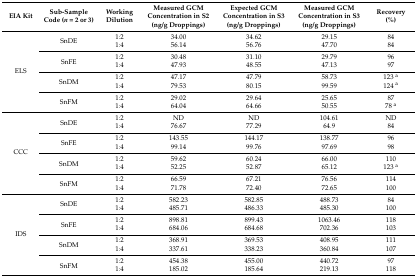
<table><thead><tr><td><b>EIA Kit</b></td><td><b>Sub-Sample Code (<i>n</i> = 2 or 3)</b></td><td><b>Working Dilution</b></td><td><b>Measured GCM Concentration in S2 (ng/g Droppings)</b></td><td><b>Expected GCM Concentration in S3 (ng/g Droppings)</b></td><td><b>Measured GCM Concentration in S3 (ng/g Droppings)</b></td><td><b>Recovery (%)</b></td></tr></thead><tbody><tr><td rowspan="8">ELS</td><td rowspan="2">SnDE</td><td>1:2</td><td>34.00</td><td>34.62</td><td>29.15</td><td>84</td></tr><tr><td>1:4</td><td>56.14</td><td>56.76</td><td>47.70</td><td>84</td></tr><tr><td rowspan="2">SnFE</td><td>1:2</td><td>30.48</td><td>31.10</td><td>29.79</td><td>96</td></tr><tr><td>1:4</td><td>47.93</td><td>48.55</td><td>47.13</td><td>97</td></tr><tr><td rowspan="2">SnDM</td><td>1:2</td><td>47.17</td><td>47.79</td><td>58.73</td><td>123 <sup>a</sup></td></tr><tr><td>1:4</td><td>79.53</td><td>80.15</td><td>99.59</td><td>124 <sup>a</sup></td></tr><tr><td rowspan="2">SnFM</td><td>1:2</td><td>29.02</td><td>29.64</td><td>25.65</td><td>87</td></tr><tr><td>1:4</td><td>64.04</td><td>64.66</td><td>50.55</td><td>78 <sup>a</sup></td></tr><tr><td rowspan="8">CCC</td><td rowspan="2">SnDE</td><td>1:2</td><td>ND</td><td>ND</td><td>104.61</td><td>ND</td></tr><tr><td>1:4</td><td>76.67</td><td>77.29</td><td>64.9</td><td>84</td></tr><tr><td rowspan="2">SnFE</td><td>1:2</td><td>143.55</td><td>144.17</td><td>138.77</td><td>96</td></tr><tr><td>1:4</td><td>99.14</td><td>99.76</td><td>97.69</td><td>98</td></tr><tr><td rowspan="2">SnDM</td><td>1:2</td><td>59.62</td><td>60.24</td><td>66.00</td><td>110</td></tr><tr><td>1:4</td><td>52.25</td><td>52.87</td><td>65.12</td><td>123 <sup>a</sup></td></tr><tr><td rowspan="2">SnFM</td><td>1:2</td><td>66.59</td><td>67.21</td><td>76.56</td><td>114</td></tr><tr><td>1:4</td><td>71.78</td><td>72.40</td><td>72.65</td><td>100</td></tr><tr><td rowspan="8">IDS</td><td rowspan="2">SnDE</td><td>1:2</td><td>582.23</td><td>582.85</td><td>488.73</td><td>84</td></tr><tr><td>1:4</td><td>485.71</td><td>486.33</td><td>485.30</td><td>100</td></tr><tr><td rowspan="2">SnFE</td><td>1:2</td><td>898.81</td><td>899.43</td><td>1063.46</td><td>118</td></tr><tr><td>1:4</td><td>684.06</td><td>684.68</td><td>702.36</td><td>103</td></tr><tr><td rowspan="2">SnDM</td><td>1:2</td><td>368.91</td><td>369.53</td><td>408.95</td><td>111</td></tr><tr><td>1:4</td><td>337.61</td><td>338.23</td><td>360.84</td><td>107</td></tr><tr><td rowspan="2">SnFM</td><td>1:2</td><td>454.38</td><td>455.00</td><td>440.72</td><td>97</td></tr><tr><td>1:4</td><td>185.02</td><td>185.64</td><td>219.13</td><td>118</td></tr></tbody></table>